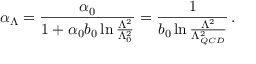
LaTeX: \alpha _ { \Lambda } = { \frac { \alpha _ { 0 } } { 1 + \alpha _ { 0 } b _ { 0 } \ln { { \frac { \Lambda ^ { 2 } } { \Lambda _ { 0 } ^ { 2 } } } } } } = { \frac { 1 } { b _ { 0 } \ln { { \frac { \Lambda ^ { 2 } } { \Lambda _ { Q C D } ^ { 2 } } } } } } \, .